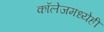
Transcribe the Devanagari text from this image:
कॉलेजमध्येही